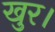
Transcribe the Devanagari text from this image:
खुर।